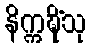
နိက္ကဍ္ဎိံသု